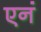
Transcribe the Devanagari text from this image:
एनं